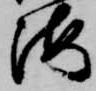
海